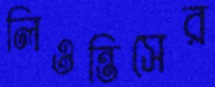
লিওন্তিসের